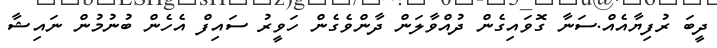
ދީބަ ރުފިޔާއެއް.ސަނާ ގޮވައިގެން ދުއްވާލަން ދާންވެގެން ހަވީރު ސައިފް އެހެން ބުނުމުން ނަައިޝާ